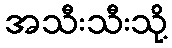
အသီးသီးသို့